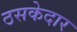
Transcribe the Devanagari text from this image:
ठसकेदार